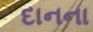
દાનના